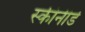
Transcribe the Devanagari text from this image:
स्कीनीर्ड